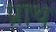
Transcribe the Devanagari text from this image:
प्राथ